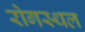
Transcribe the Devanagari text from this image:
रोगस्थल